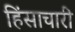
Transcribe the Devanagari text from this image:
हिंसाचारी